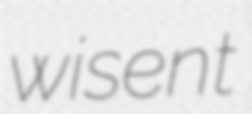
wisent